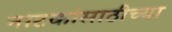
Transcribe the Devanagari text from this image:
नाटकांसाठीच्या